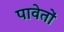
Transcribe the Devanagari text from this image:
पावेतों